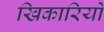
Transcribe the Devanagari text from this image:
खिकारियों